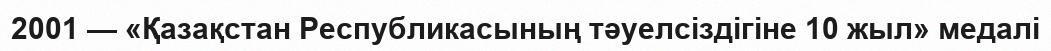
2001 — «Қазақстан Республикасының тәуелсіздігіне 10 жыл» медалі